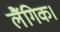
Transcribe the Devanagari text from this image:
लैंगिक।